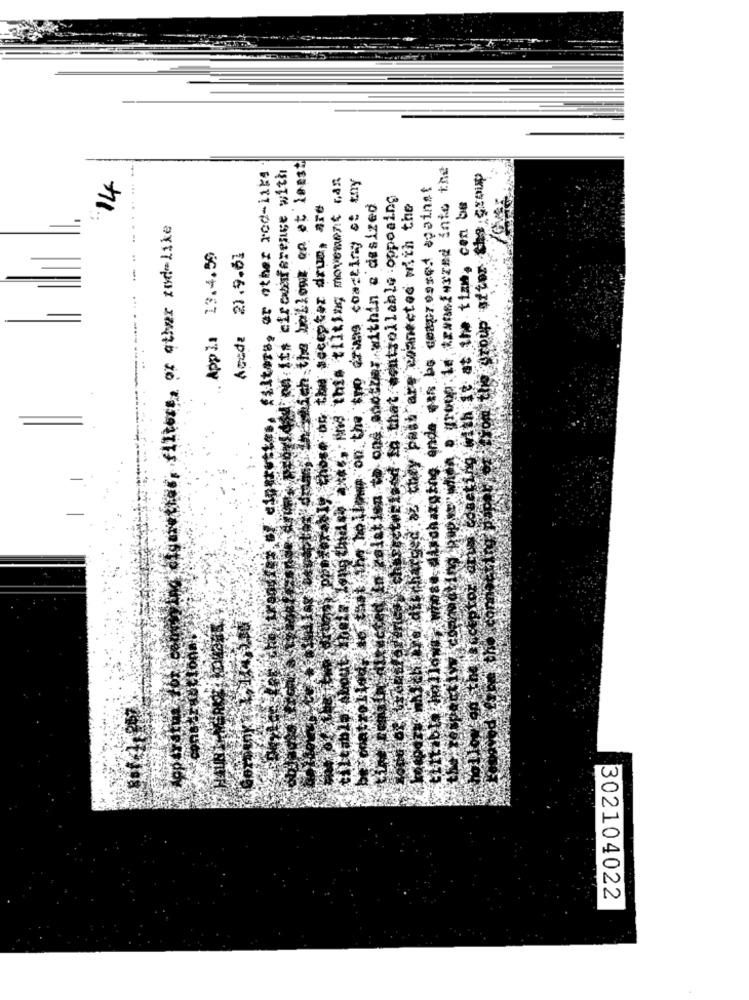
Thec az they past are connected with the
Appl: 13.4.59
Aux to buyaseos senso dis ein no timetou sui
juurede poscozatos oq sub oque buybizeuntip est
302104022